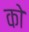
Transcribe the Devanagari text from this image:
को